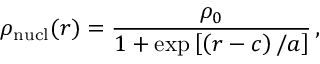
\rho _ { \mathrm { n u c l } } ( r ) = \frac { \rho _ { 0 } } { 1 + \exp \left[ \left( r - c \right) / a \right] } \, ,